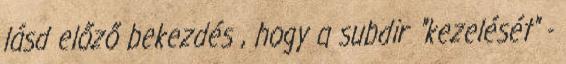
lásd előző bekezdés , hogy a subdir "kezelését" -